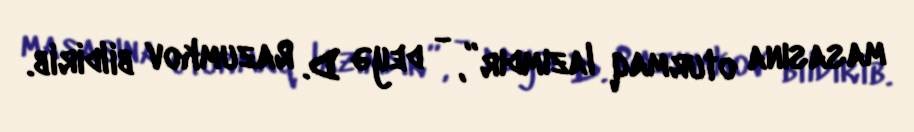
masasına oturmaq lazımdır”, - deyə D. Razumkov bildirib.